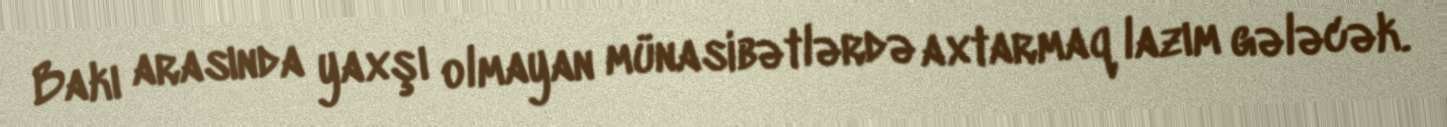
Bakı arasında yaxşı olmayan münasibətlərdə axtarmaq lazım gələcək.